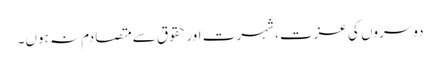
دوسروں کی عزت، شہرت اور حقوق سے متصادم نہ ہوں۔